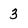
Character: 3